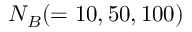
N _ { B } ( = 1 0 , 5 0 , 1 0 0 )